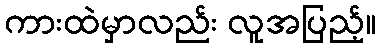
ကားထဲမှာလည်း လူအပြည့်။